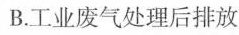
B.工业废气处理后排放